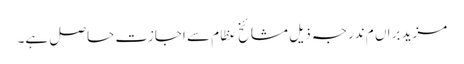
مزید براں م ندرجہ ذیل مشائخ عظام سے اجازت حاصل ہے۔